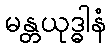
မန္တယုဒ္ဓါနံ